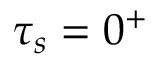
\tau _ { s } = 0 ^ { + }